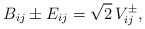
\begin{align*}B_{ij} \pm E_{ij} = \sqrt{2} \, V^{\pm}_{ij} ,\end{align*}